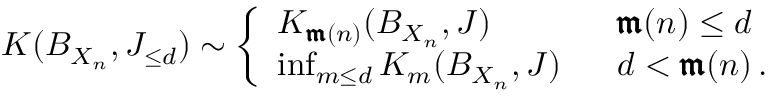
K ( B _ { X _ { n } } , J _ { \leq d } ) \sim \left\{ \begin{array} { l l } { K _ { \pmb { \mathfrak { m } } ( n ) } ( B _ { X _ { n } } , J ) } & { \, \, \, \, \pmb { \mathfrak { m } } ( n ) \leq d \, } \\ { \operatorname* { i n f } _ { m \leq d } K _ { m } ( B _ { X _ { n } } , J ) } & { \, \, \, \, d < \pmb { \mathfrak { m } } ( n ) \, . } \end{array} \right.